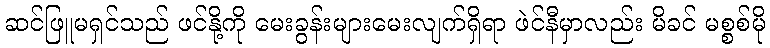
ဆင်ဖြူမရှင်သည် ဖင်နို့ကို မေးခွန်းများမေးလျက်ရှိရာ ဖဲင်နီမှာလည်း မိခင် မစ္စစ်မို